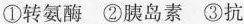
①转氨酶 ②胰岛素 ③抗